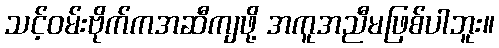
သင့်ဝမ်းဗိုက်ကအဆီကျဖို့ အကူအညီမဖြစ်ပါဘူး။